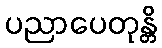
ပညာပေတုန္တိ